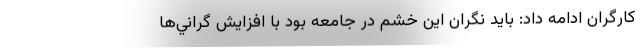
كارگران ادامه داد: بايد نگران اين خشم در جامعه بود با افزايش گراني‌ها